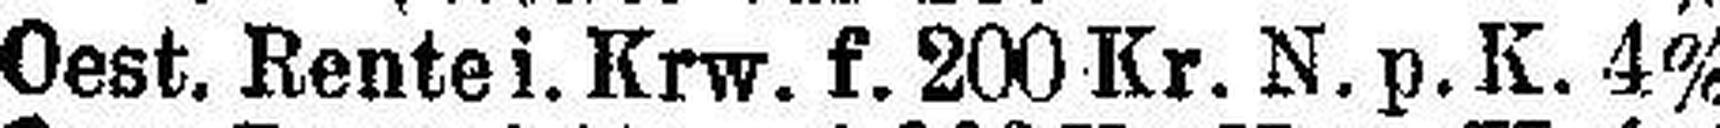
Oest. Rente i. Krw. f. 200 Kr. N. p. K. 4%